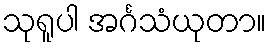
သုရူပါ အင်္ဂသံယုတာ။